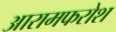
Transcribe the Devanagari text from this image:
आरामफरोश